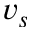
v _ { s }